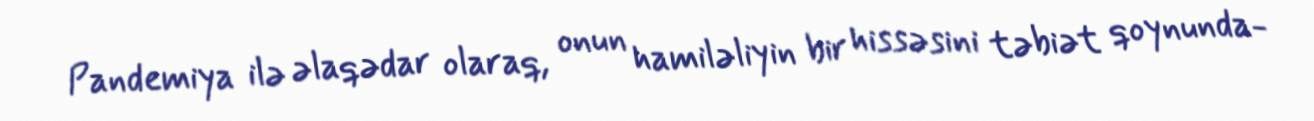
Pandemiya ilə əlaqədar olaraq, onun hamiləliyin bir hissəsini təbiət qoynunda-